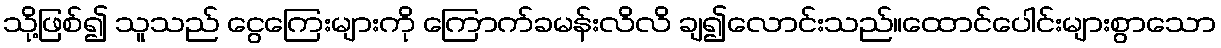
သို့ဖြစ်၍ သူသည် ငွေကြေးများကို ကြောက်ခမန်းလိလိ ချ၍လောင်းသည်။ထောင်ပေါင်းများစွာသော